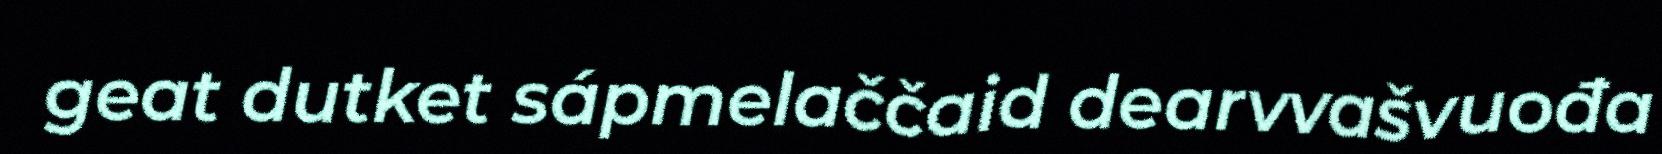
geat dutket sápmelaččaid dearvvašvuođa